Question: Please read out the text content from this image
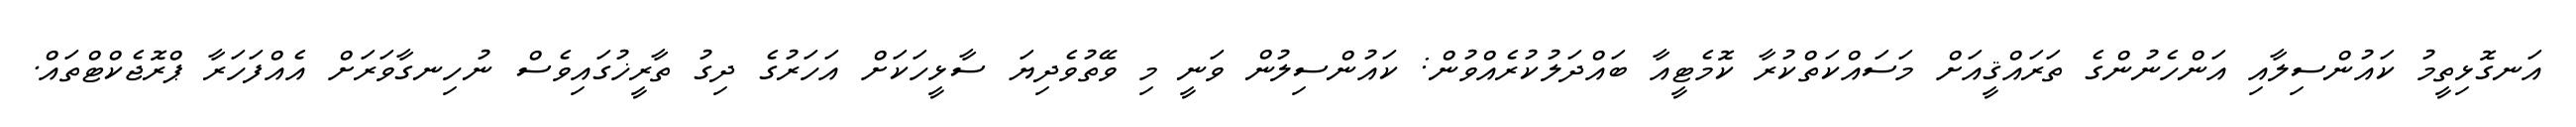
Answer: އަނގޮޅިތީމު ކައުންސިލާއި އަންހެނުންގެ ތަރައްޤީއަށް މަސައްކަތްކުރާ ކޮމެޓީއާ ބައްދަލުކުރެއްވުން: ކައުންސިލުން ވަނީ މި ވޭތުވެދިޔަ ސާޅީހަކަށް އަހަރުގެ ދިގު ތާރީޚުގައިވެސް ނުހިނގާވަރަށް އެއްފަހަރާ ޕްރޮޖެކްޓްތައް.